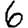
Digit: 6